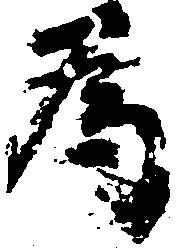
為